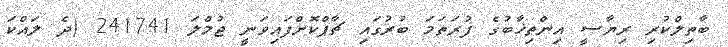
ބާތިލްކުރި ރިޔާސީ އިންތިޚާބުގެ ފުރަތަމަ ބުރުގައި ޗާޕްކޮށްފައިވަނީ ޖުމްލަ 241741 (ދެ ލައްކަ